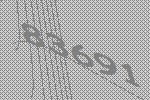
83691